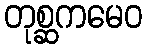
တုစ္ဆကမေဝ